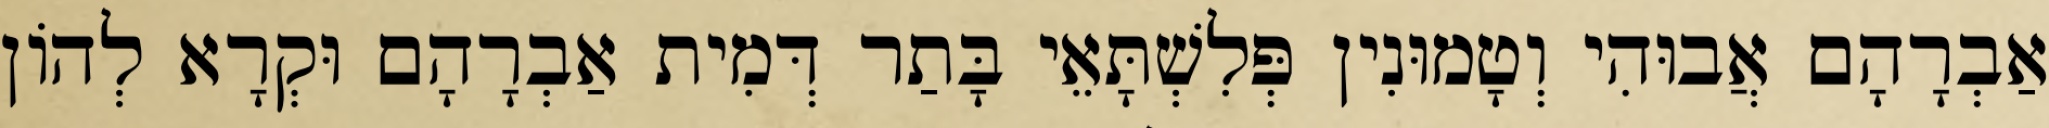
אַבְרָהָם אֲבוּהִי וְטָמוּנִין פְּלִשְׁתָּאֵי בָּתַר דְּמִית אַבְרָהָם וּקְרָא לְהוֹן